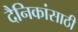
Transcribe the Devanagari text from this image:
दैनिकांसाठी